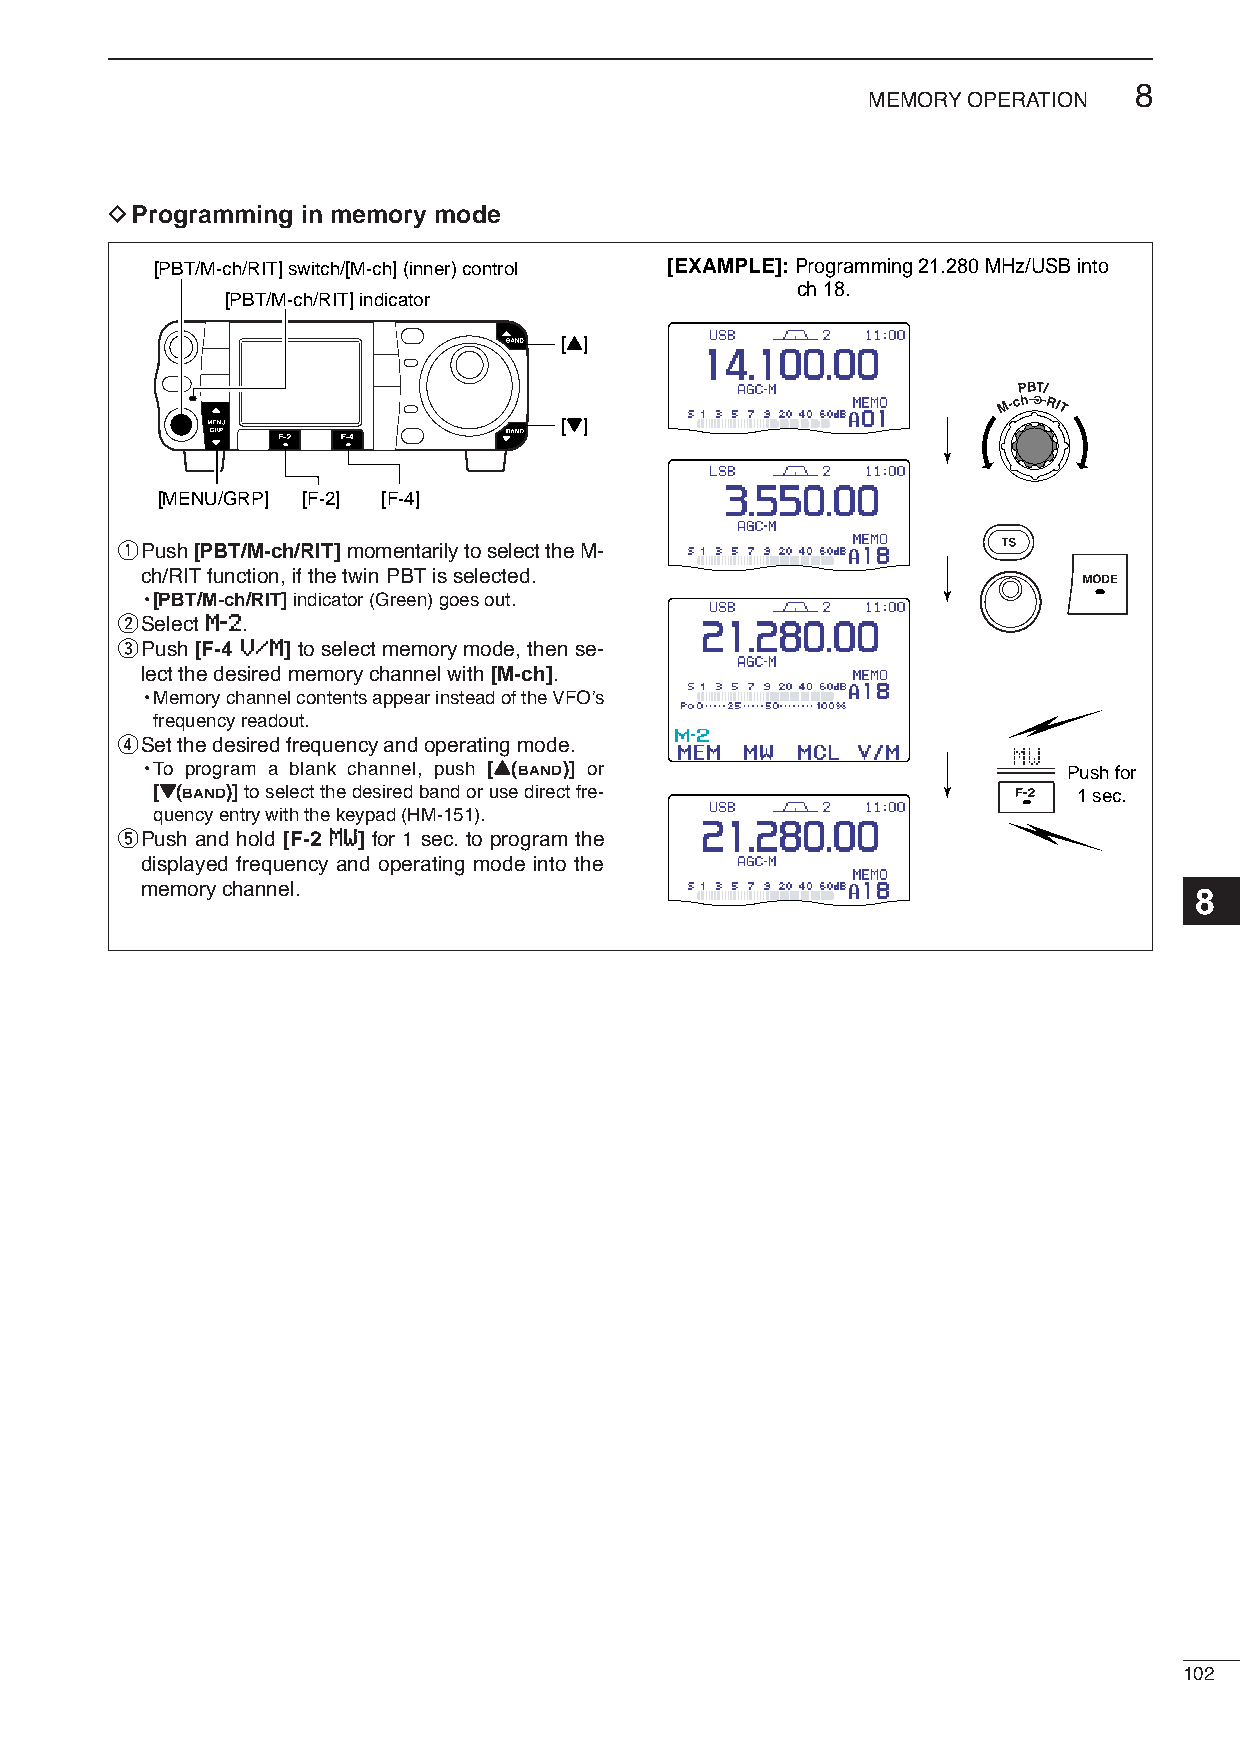
8
 MEMORYOPERATION
 DProgramming in memory mode
 [PBT/M-ch/RIT] switch/[M-ch] (inner) control [EXAMPLE]: Programming 21.280 MHz/USB into
 ch 18.
 [PBT/M-ch/RIT] indicator
 [Y]
 [Z]
 [MENU/GRP] [F-2] [F-4]
 qPush [PBT/M-ch/RIT]momentarily to select the M-
 ch/RITfunction, if the twin PBTis selected.
 •[PBT/M-ch/RIT]indicator (Green) goes out.
 wSelect MM--22.
 ePush [F-4 VV//MM] to select memory mode, then se-
 lect the desired memory channel with [M-ch].
 •Memory channel contents appear instead of the VFO’s
 frequency readout.
 rSet the desired frequency and operating mode.
 MW
 •To program a blank channel, push [YY(BAND)] or              Push for
 [ZZ(BAND)]to select the desired band or use direct fre-      1 sec.
 quency entry with the keypad (HM-151).
 tPush and hold [F-2 MMWW] for 1 sec. to program the
 displayed frequency and operating mode into the
 memory channel.                                                       8
 102